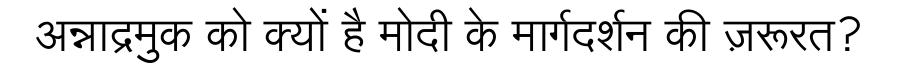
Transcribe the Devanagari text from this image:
अन्नाद्रमुक को क्यों है मोदी के मार्गदर्शन की ज़रूरत?